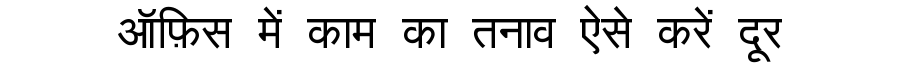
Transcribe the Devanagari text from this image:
ऑफ़िस में काम का तनाव ऐसे करें दूर